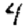
Digit: 4